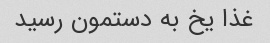
غذا یخ به دستمون رسید